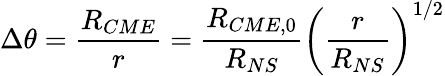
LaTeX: \Delta\theta=\frac{R_{CME}}{r}=\frac{R_{CME,0}}{R_{NS}}\left(\frac{r}{R_{NS}}\right)^{1/2}